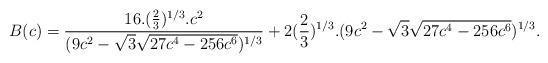
LaTeX: \begin{align*}B(c)=\frac{16.(\frac{2}{3})^{1/3}.c^2}{(9c^2-\sqrt{3}\sqrt{27c^4-256c^6})^{1/3}}+2(\frac{2}{3})^{1/3}.(9c^2-\sqrt{3}\sqrt{27c^4-256c^6})^{1/3}.\end{align*}